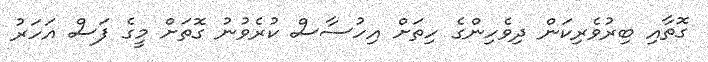
ގޮތާއި ބިރުވެރިކަން ދިވެހިންގެ ހިތަށް އިހުސާސް ކުރެވުނު ގޮތަށް މީގެ ފަސް އަހަރު